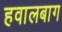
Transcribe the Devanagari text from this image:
हवालबाग